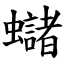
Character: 蠩